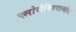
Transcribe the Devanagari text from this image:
फ्लोरोक्विनालोन